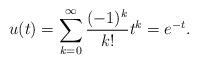
LaTeX: \begin{align*} u(t) = \sum_{k=0}^{\infty} \frac{(-1)^k}{k!} t^k = e^{-t}. \end{align*}